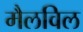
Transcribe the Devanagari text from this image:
मैलविल